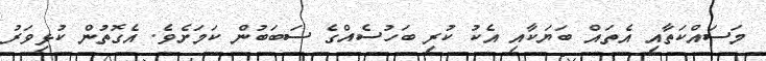
މަސައްކަތާއި އެތައް ބަޔަކާއި އެކު ކުރި ބަހުސެއްގެ ސަބަބުން ކަމަށެވެ. އެގޮތުން ކުޅިވަރު